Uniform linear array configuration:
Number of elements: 48
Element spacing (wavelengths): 0.25
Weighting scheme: hamming
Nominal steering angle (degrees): -15
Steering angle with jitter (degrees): -16.233
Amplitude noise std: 0.05
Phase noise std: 0.05

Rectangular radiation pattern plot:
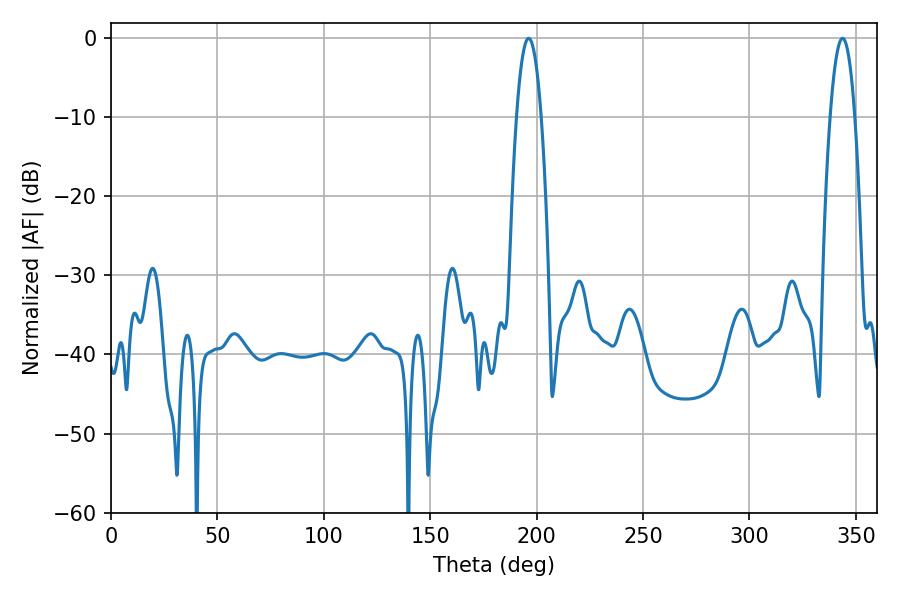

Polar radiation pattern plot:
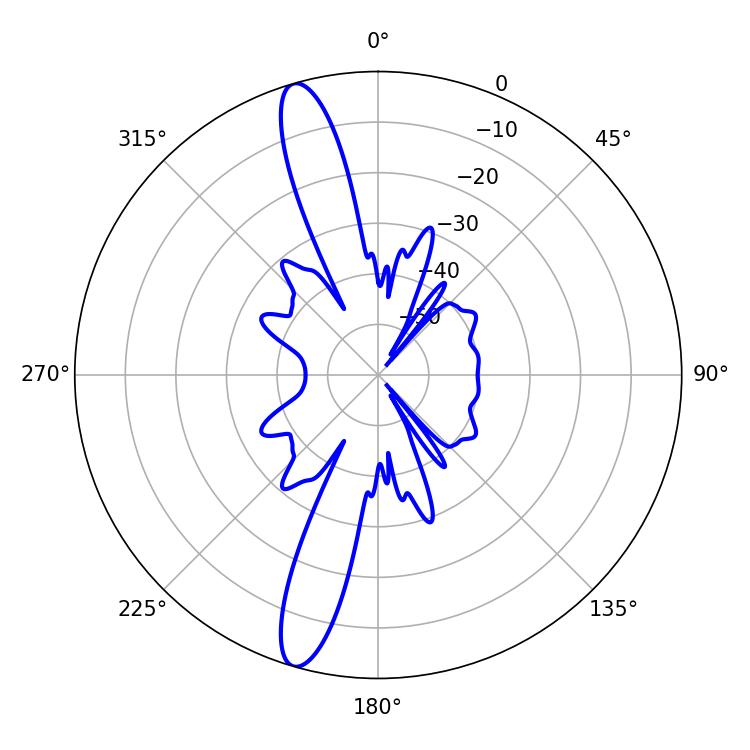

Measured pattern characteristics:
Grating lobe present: FALSE
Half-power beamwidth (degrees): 6.3
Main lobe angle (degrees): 196.2